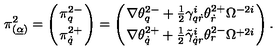
\pi _ { ( \underline { \alpha } ) } ^ { 2 } = \left( \pi _ { q } ^ { 2 - } \atop \pi _ { \dot { q } } ^ { 2 + } \right) = \left( \nabla \theta _ { q } ^ { 2 - } + \frac 1 2 \gamma _ { q \dot { r } } ^ { i } \theta _ { \dot { r } } ^ { 2 + } \Omega ^ { - 2 i } \atop \nabla \theta _ { \dot { q } } ^ { 2 + } + \frac 1 2 \tilde { \gamma } _ { \dot { q } r } ^ { i } \theta _ { r } ^ { 2 - } \Omega ^ { + 2 i } \right) .